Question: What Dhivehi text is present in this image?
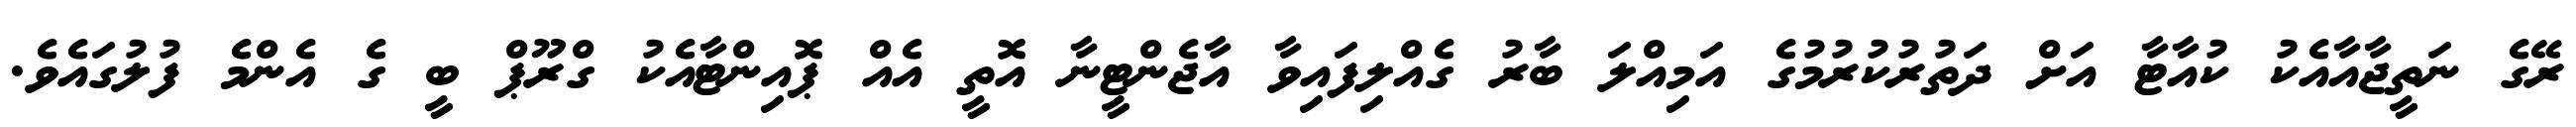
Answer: ރޭގެ ނަތީޖާއާއެކު ކުއާޓާ އަށް ދަތުރުކުރުމުގެ އަމިއްލަ ބާރު ގެއްލިފައިވާ އާޖެންޓީނާ އޮތީ އެއް ޕޮއިންޓާއެކު ގްރޫޕް ބީ ގެ އެންމެ ފުލުގައެވެ.